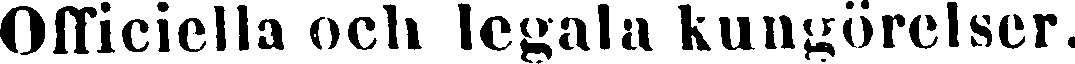
Officiella och legala kungörelser.